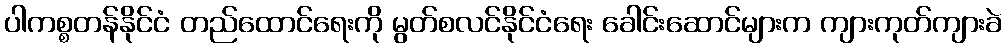
ပါကစ္စတန်နိုင်ငံ တည်ထောင်ရေးကို မွတ်စလင်နိုင်ငံရေး ခေါင်းဆောင်များက ကျားကုတ်ကျားခဲ